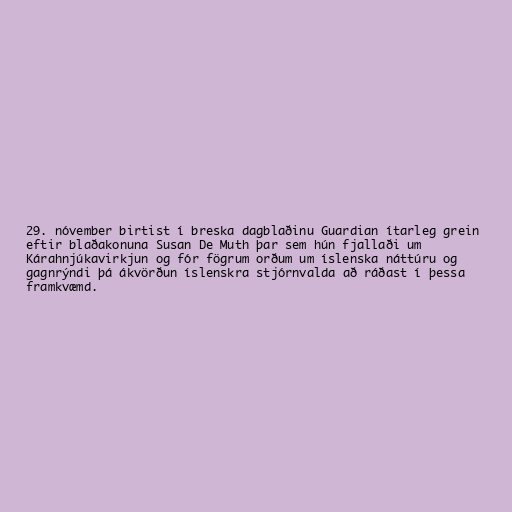
29. nóvember birtist í breska dagblaðinu Guardian ítarleg grein
eftir blaðakonuna Susan De Muth þar sem hún fjallaði um
Kárahnjúkavirkjun og fór fögrum orðum um íslenska náttúru og
gagnrýndi þá ákvörðun íslenskra stjórnvalda að ráðast í þessa
framkvæmd.